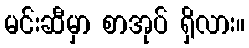
မင်းဆီမှာ စာအုပ် ရှိလား။